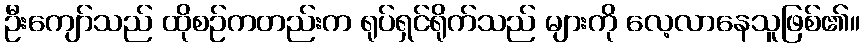
ဦးကျော်သည် ထိုစဉ်ကတည်းက ရုပ်ရှင်ရိုက်သည် များကို လေ့လာနေသူဖြစ်၏။